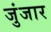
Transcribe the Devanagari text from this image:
जुंजार